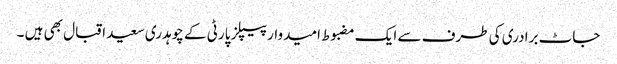
جاٹ برادری کی طرف سے ایک مضبوط امیدوار پیپلز پارٹی کے چوہدری سعید اقبال بھی ہیں ۔